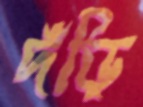
দঁড়ি